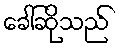
ခေါ်ဆိုသည်